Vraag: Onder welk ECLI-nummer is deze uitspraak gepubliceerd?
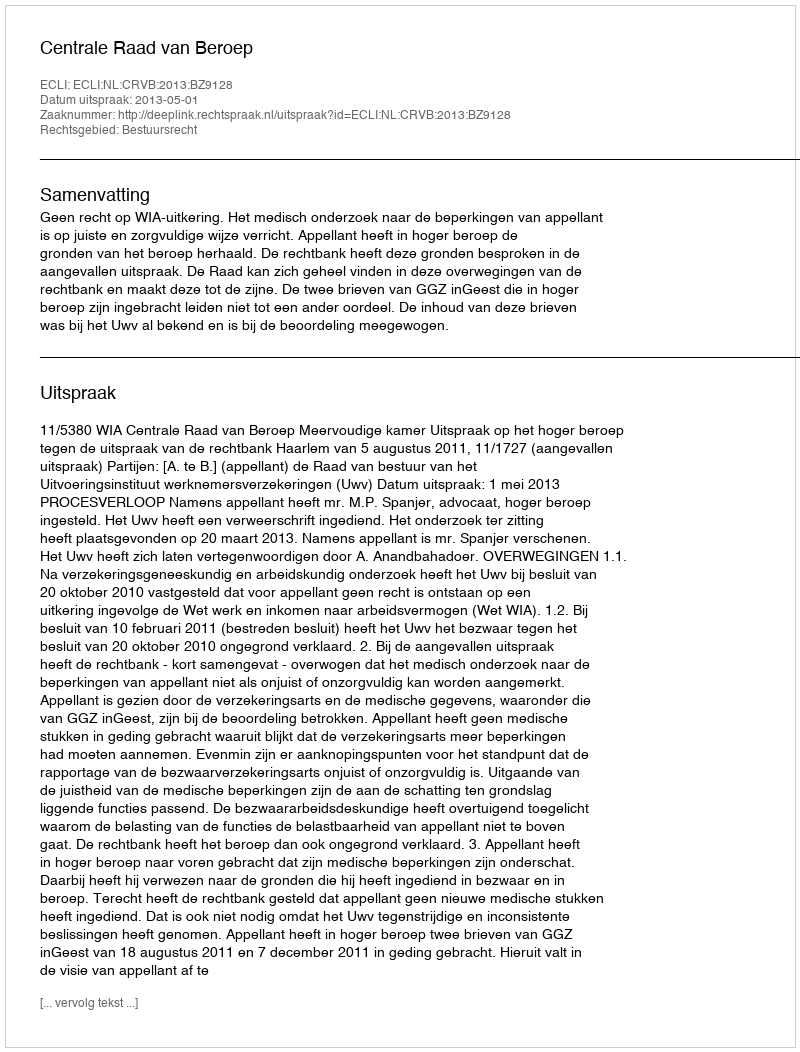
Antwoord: ECLI:NL:CRVB:2013:BZ9128